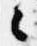
々